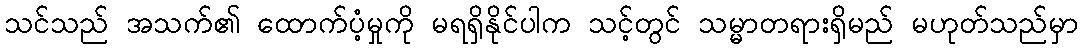
သင်သည် အသက်၏ ထောက်ပံ့မှုကို မရရှိနိုင်ပါက သင့်တွင် သမ္မာတရားရှိမည် မဟုတ်သည်မှာ